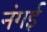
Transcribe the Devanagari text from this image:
नंगई